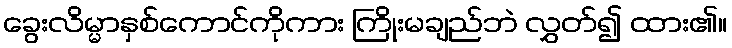
ခွေးလိမ္မာနှစ်ကောင်ကိုကား ကြိုးမချည်ဘဲ လွှတ်၍ ထား၏။